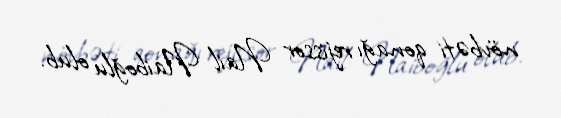
növbəti qonağı rejissor Nail Naiboğlu olub.